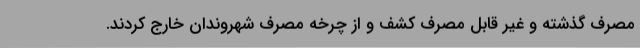
مصرف گذشته و غیر قابل مصرف کشف و از چرخه مصرف شهروندان خارج کردند.